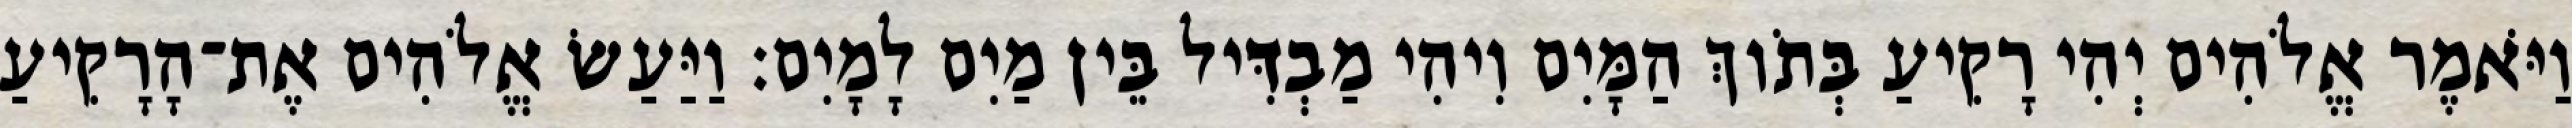
וַיֹּאמֶר אֱלֹהִים יְהִי רָקִיעַ בְּתֹוךְ הַמָּיִם וִיהִי מַבְדִּיל בֵּין מַיִם לָמָיִם׃ וַיַּעַשׂ אֱלֹהִים אֶת־הָרָקִיעַ